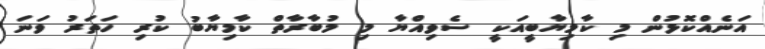
އަނެއްކޮޅުން މި ކާމިޔާބީއަކީ ސެވިއްޔާ މި މުބާރާތް ކާމިޔާބު ކުރި ހަތަރު ވަނަ